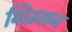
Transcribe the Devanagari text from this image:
गिम्सन